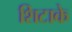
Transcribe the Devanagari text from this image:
शिटाके